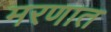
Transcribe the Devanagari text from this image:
मरणात